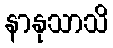
နာနုသာသိ